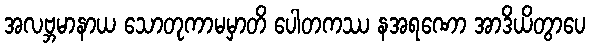
အလဗ္ဘမာနာယ သောတုကာမမှာတိ ပေါတကဿ နအရဏော အာဒိယိတွာပေ